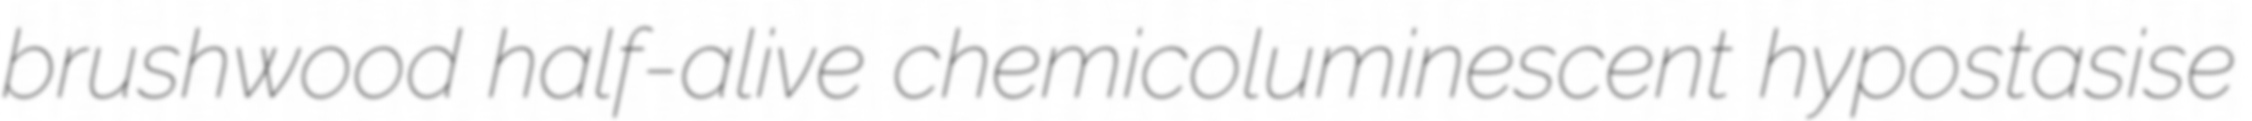
brushwood half-alive chemicoluminescent hypostasise